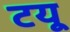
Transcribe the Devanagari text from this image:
टयू